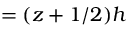
= ( z + 1 / 2 ) h